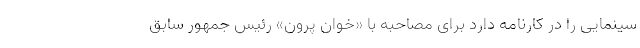
سینمایی را در کارنامه دارد برای مصاحبه با «خوان پرون» رئیس جمهور سابق